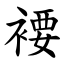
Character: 䙅